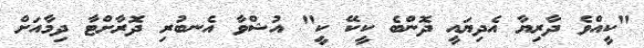
"ކީއްވެ ދާރިޔާ އެދިޔައީ ދޮންބެ ކީކޭ ކީ" އުޝްވާ އެނބުރި ދޮރާށްޓާ ދިމާއަށް